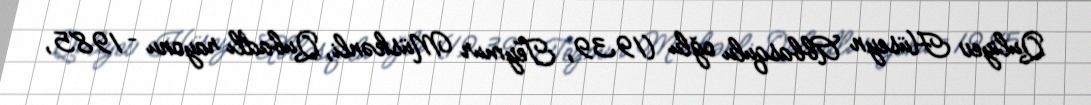
Quliyev Hüseyn Abbasqulu oğlu (1939, Teymur Müskənli, Qubadlı rayonu – 1985,